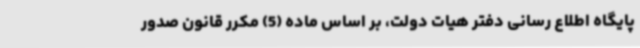
پایگاه اطلاع رسانی دفتر هیات دولت، بر اساس ماده (5) مکرر قانون صدور